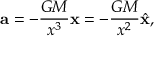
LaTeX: \mathbf { a } = - { \frac { G M } { x ^ { 3 } } } \mathbf { x } = - { \frac { G M } { x ^ { 2 } } } { \hat { \mathbf { x } } } ,